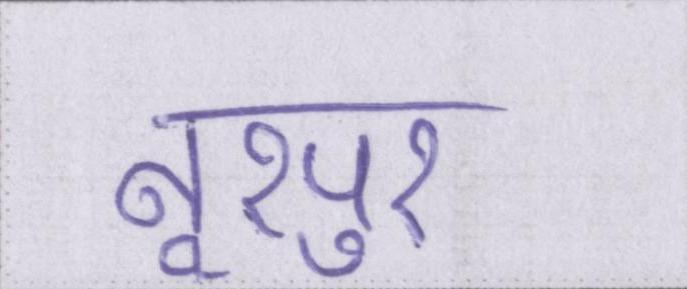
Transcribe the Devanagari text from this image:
नूरपुर